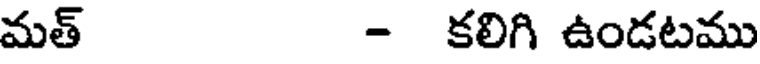
మత్ - కలిగి ఉండటము